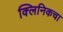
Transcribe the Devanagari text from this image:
क्लिनिकचा